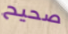
صحيح